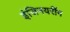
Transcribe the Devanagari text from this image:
इंजिनयरींग